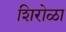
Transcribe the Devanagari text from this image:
शिरोळा